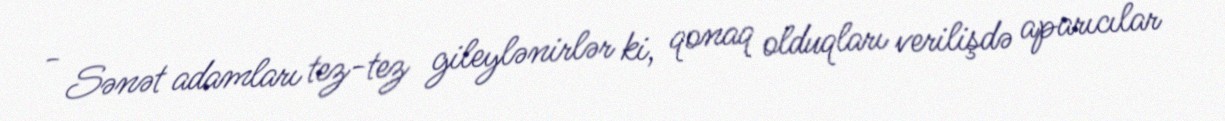
- Sənət adamları tez-tez gileylənirlər ki, qonaq olduqları verilişdə aparıcılar